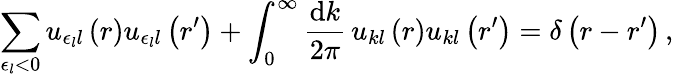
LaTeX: \sum_{\epsilon_{l}<0}u_{\epsilon_{l}l}\left(r\right)u_{\epsilon_{l}l}\left(r^{\prime}\right)+\int_{0}^{\infty}\frac{\mathrm{d}k}{2\pi}\, u_{kl}\left(r\right)u_{kl}\left(r^{\prime}\right)=\delta\left(r-r^{\prime}\right)\, ,